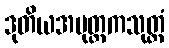
ဒုတိယအပုတ္တကသုတ္တံ